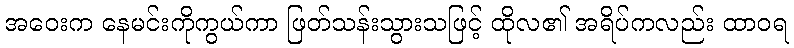
အဝေးက နေမင်းကိုကွယ်ကာ ဖြတ်သန်းသွားသဖြင့် ထိုလ၏ အရိပ်ကလည်း ထာဝရ